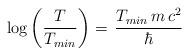
LaTeX: \begin{align*} \log\left(\frac{T}{T_{min}}\right)=\,\frac{T_{min}\,m\,c^2}{\hbar}\end{align*}